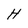
Character: H